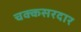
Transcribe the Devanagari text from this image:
चक्कसरदार